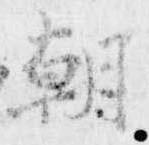
朝